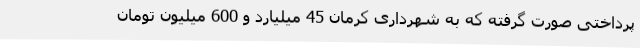
پرداختی صورت گرفته که به شهرداری کرمان 45 میلیارد و 600 میلیون تومان